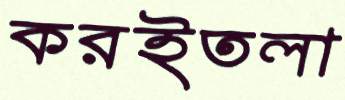
করইতলা